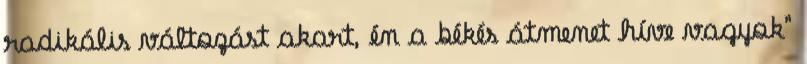
radikális változást akart, én a békés átmenet híve vagyok"